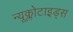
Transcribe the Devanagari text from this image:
न्यूक्लोटाइड्स